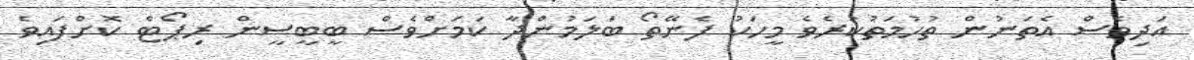
އަދިވެސް އެތަނުން ތުހުމަތުކުރެވެ މީހަކު ފެނޭތޯ ބަލަމުންދާ ކަަމަށްވެސް ބީބީސީން ރިޕޯޓް ކޮށްފައިވެ